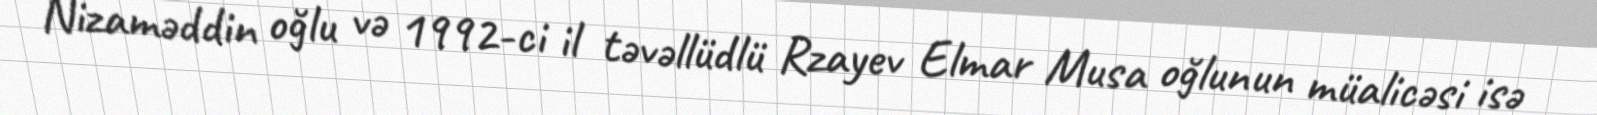
Nizaməddin oğlu və 1992-ci il təvəllüdlü Rzayev Elmar Musa oğlunun müalicəsi isə